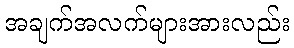
အချက်အလက်များအားလည်း